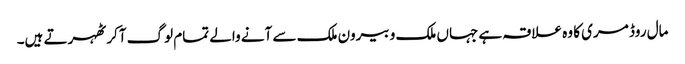
مال روڈ مری کا وہ علاقہ ہے جہاں ملک و بیرون ملک سے آنے والے تمام لوگ آکر ٹھہرتے ہیں۔